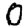
Digit: 0